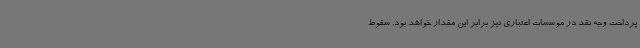
پرداخت وجه نقد در موسسات اعتباری نیز برابر این مقدار خواهد بود. سقوط